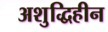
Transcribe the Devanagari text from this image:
अशुद्धिहीन